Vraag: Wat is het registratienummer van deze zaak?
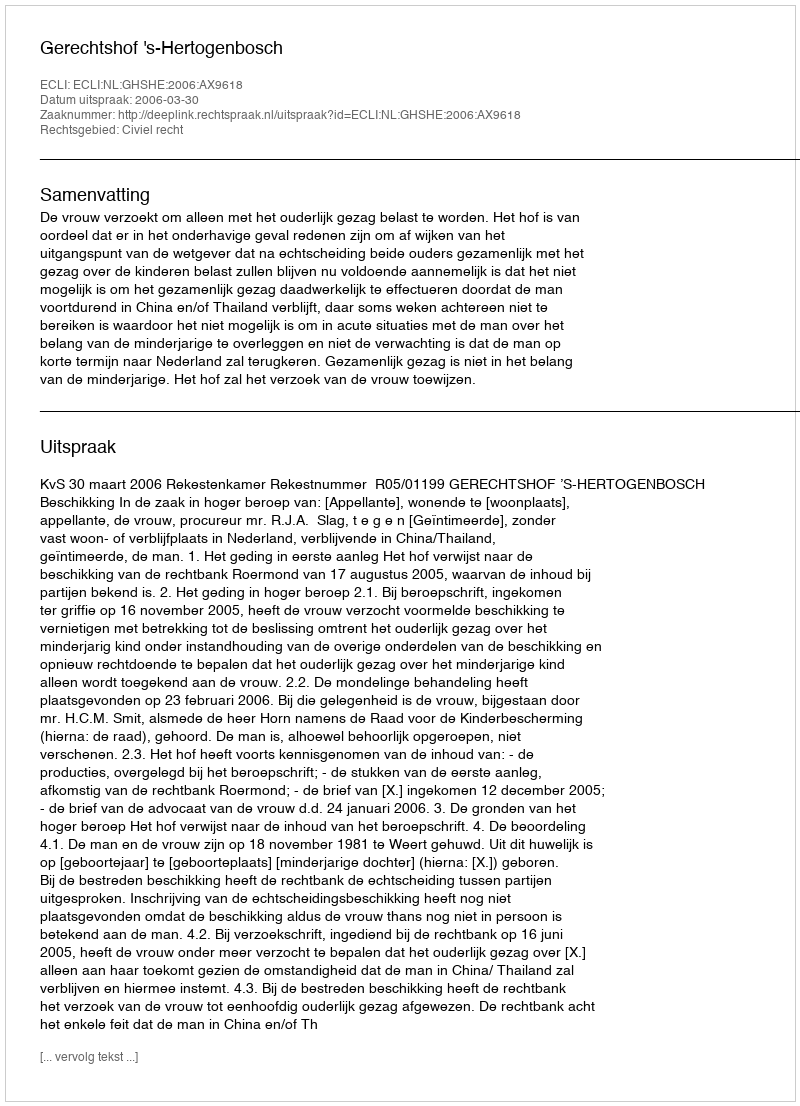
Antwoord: http://deeplink.rechtspraak.nl/uitspraak?id=ECLI:NL:GHSHE:2006:AX9618